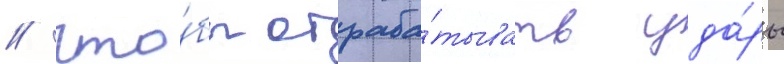
/ что́бы отраба́тывать уда́ры